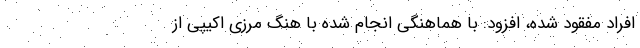
افراد مفقود شده، افزود: با هماهنگی انجام شده با هنگ مرزی اکیپی از